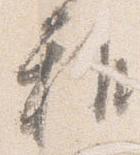
雅